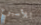
للأسبوع